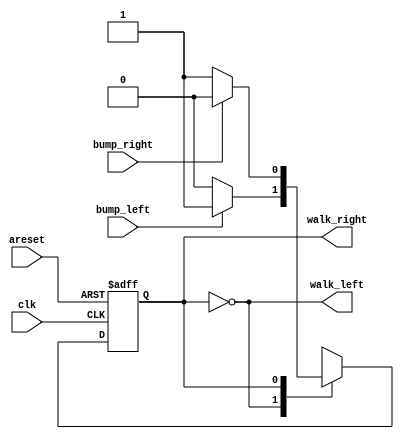
module top_module(
    input clk,
    input areset,    // Freshly brainwashed Lemmings walk left.
    input bump_left,
    input bump_right,
    output walk_left,
    output walk_right); //  

    parameter LEFT=0, RIGHT=1;
    reg state, next_state;

    always @(*) begin
        case(state)
		LEFT: next_state = (bump_left) ? RIGHT : LEFT;
		RIGHT: next_state = (bump_right) ? LEFT : RIGHT;
		endcase
    end

    always @(posedge clk, posedge areset) begin
        if (areset) 
		state <= LEFT;
		else begin
		state <= next_state;
		end
    end

    // Output logic
    assign walk_left = (state == LEFT);
    assign walk_right = (state == RIGHT);

endmodule